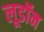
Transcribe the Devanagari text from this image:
लूडॉन